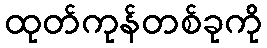
ထုတ်ကုန်တစ်ခုကို